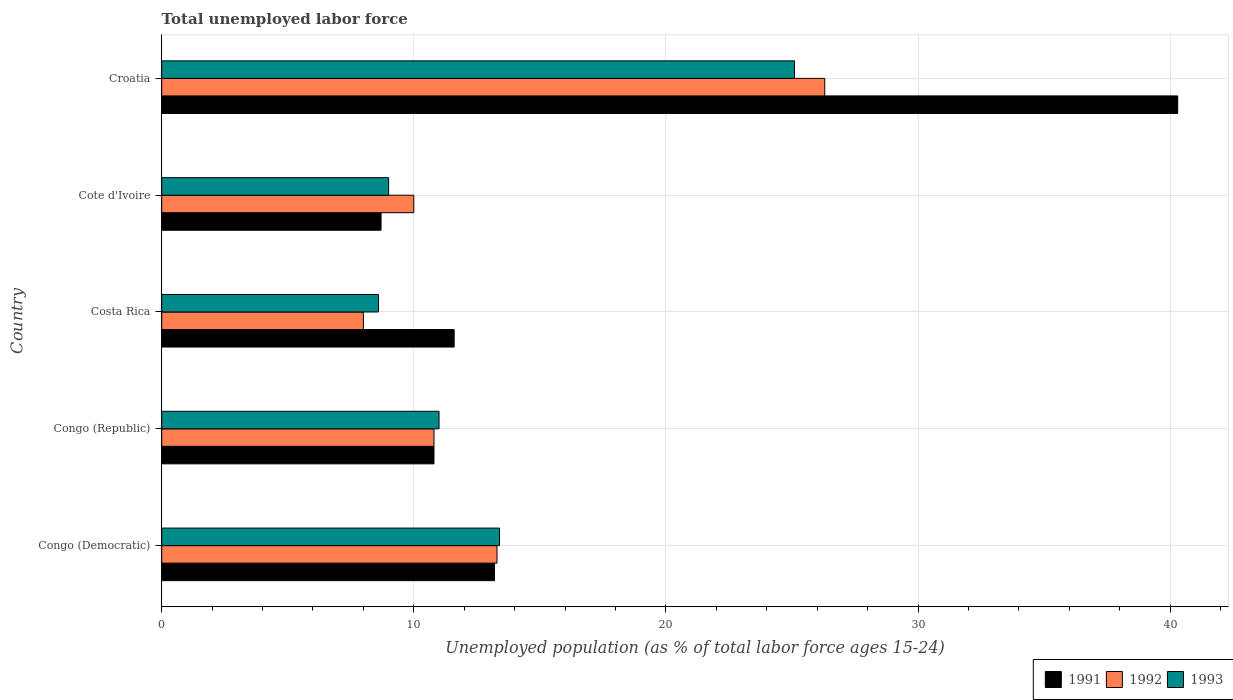
| Country | 1991 | 1992 | 1993 |
 | --- | --- | --- | --- |
 | Congo (Democratic) | 13.2 | 13.3 | 13.4 |
 | Congo (Republic) | 10.8 | 10.8 | 11 |
 | Costa Rica | 11.6 | 8 | 8.6 |
 | Cote d'Ivoire | 8.7 | 10 | 9 |
 | Croatia | 40.3 | 26.3 | 25.1 |